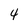
Character: 4